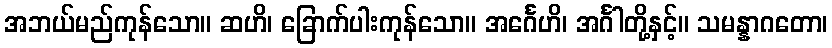
အဘယ်မည်ကုန်သော။ ဆဟိ၊ ခြောက်ပါးကုန်သော။ အင်္ဂေဟိ၊ အင်္ဂါတို့နှင့်။ သမန္နာဂတော၊